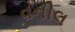
વનીલ